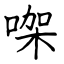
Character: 㗎